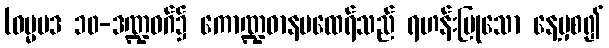
(ဓမ္မပဒ ၁၀-ဒဏ္ဍဝဂ်၌ ကောဏ္ဍဓာနမထေရ်သည် ရဟန်းပြုသော နေ့မှစ၍